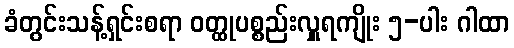
ခံတွင်းသန့်ရှင်းစရာ ဝတ္ထုပစ္စည်းလှူရကျိုး ၅-ပါး ဂါထာ